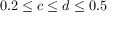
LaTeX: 0 . 2 \leq c \leq d \leq 0 . 5